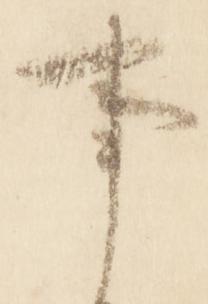
事